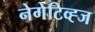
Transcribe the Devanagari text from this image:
नेगेटिव्ह्ज